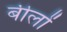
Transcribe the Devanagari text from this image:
बीलों